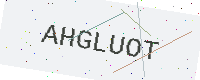
Text: AHGLUOT